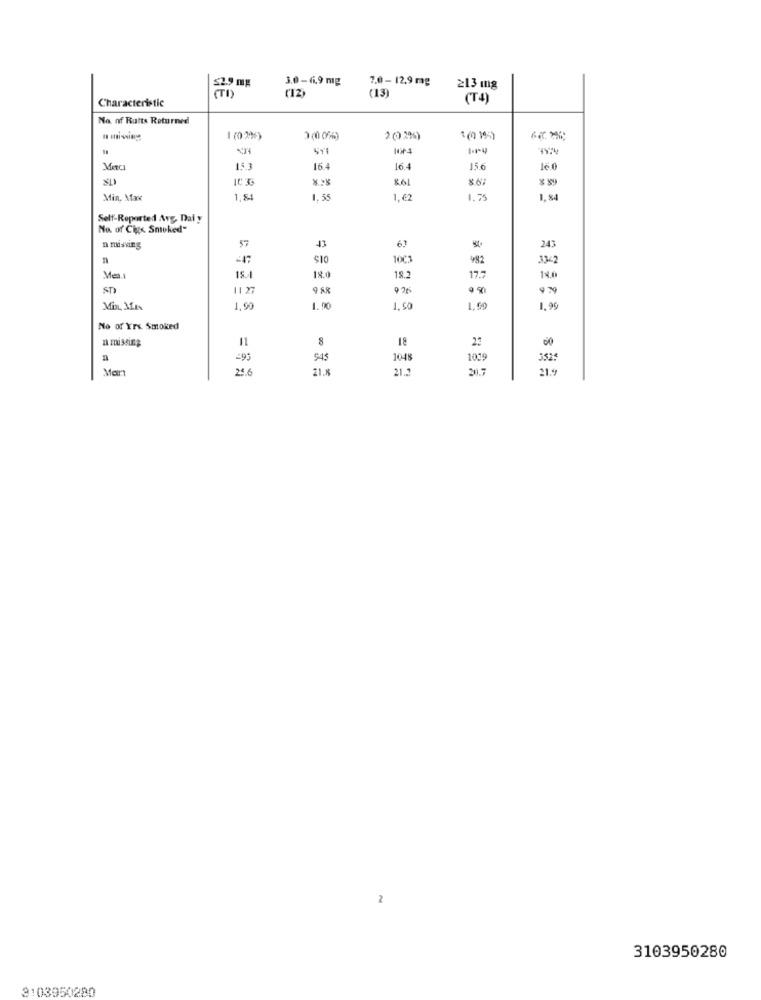
$2.9 mg
3.0- 6.9 mg
7.0 - 12,9 mg
('12)
(13)
≥13 mg
Characteristic
(T4)
Na of Butts Returned
n iniwiny
1 (0 2%%)
2 (0.2%)
1(0 195)
14.3
16.4
16.4
15.6
16.0
861
Min. Marx
1,84
1,55
1.62
1.75
1,84
Self-Reported Avg. Dal y
No. of Cigs. Smoked"
63
243
n missing
57
43
-47
$10
1001
982
Mea
15.1
18.0
18.2
17.7
11.6
ST)
9 88
Min, MA
1.90
1. 00
1, 50
1,50
1.99
No of Y'rs. Smoked
11
8
18
00
=93
945
1048
1019
3525
Mar
24.6
21.8
21.5
20.7
21.9
2
3103950280
3:03950280